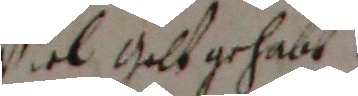
viel Galtgehabt.